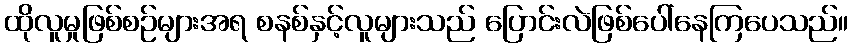
ထိုလူမှုဖြစ်စဉ်များအရ စနစ်နှင့်လူများသည် ပြောင်းလဲဖြစ်ပေါ်နေကြပေသည်။